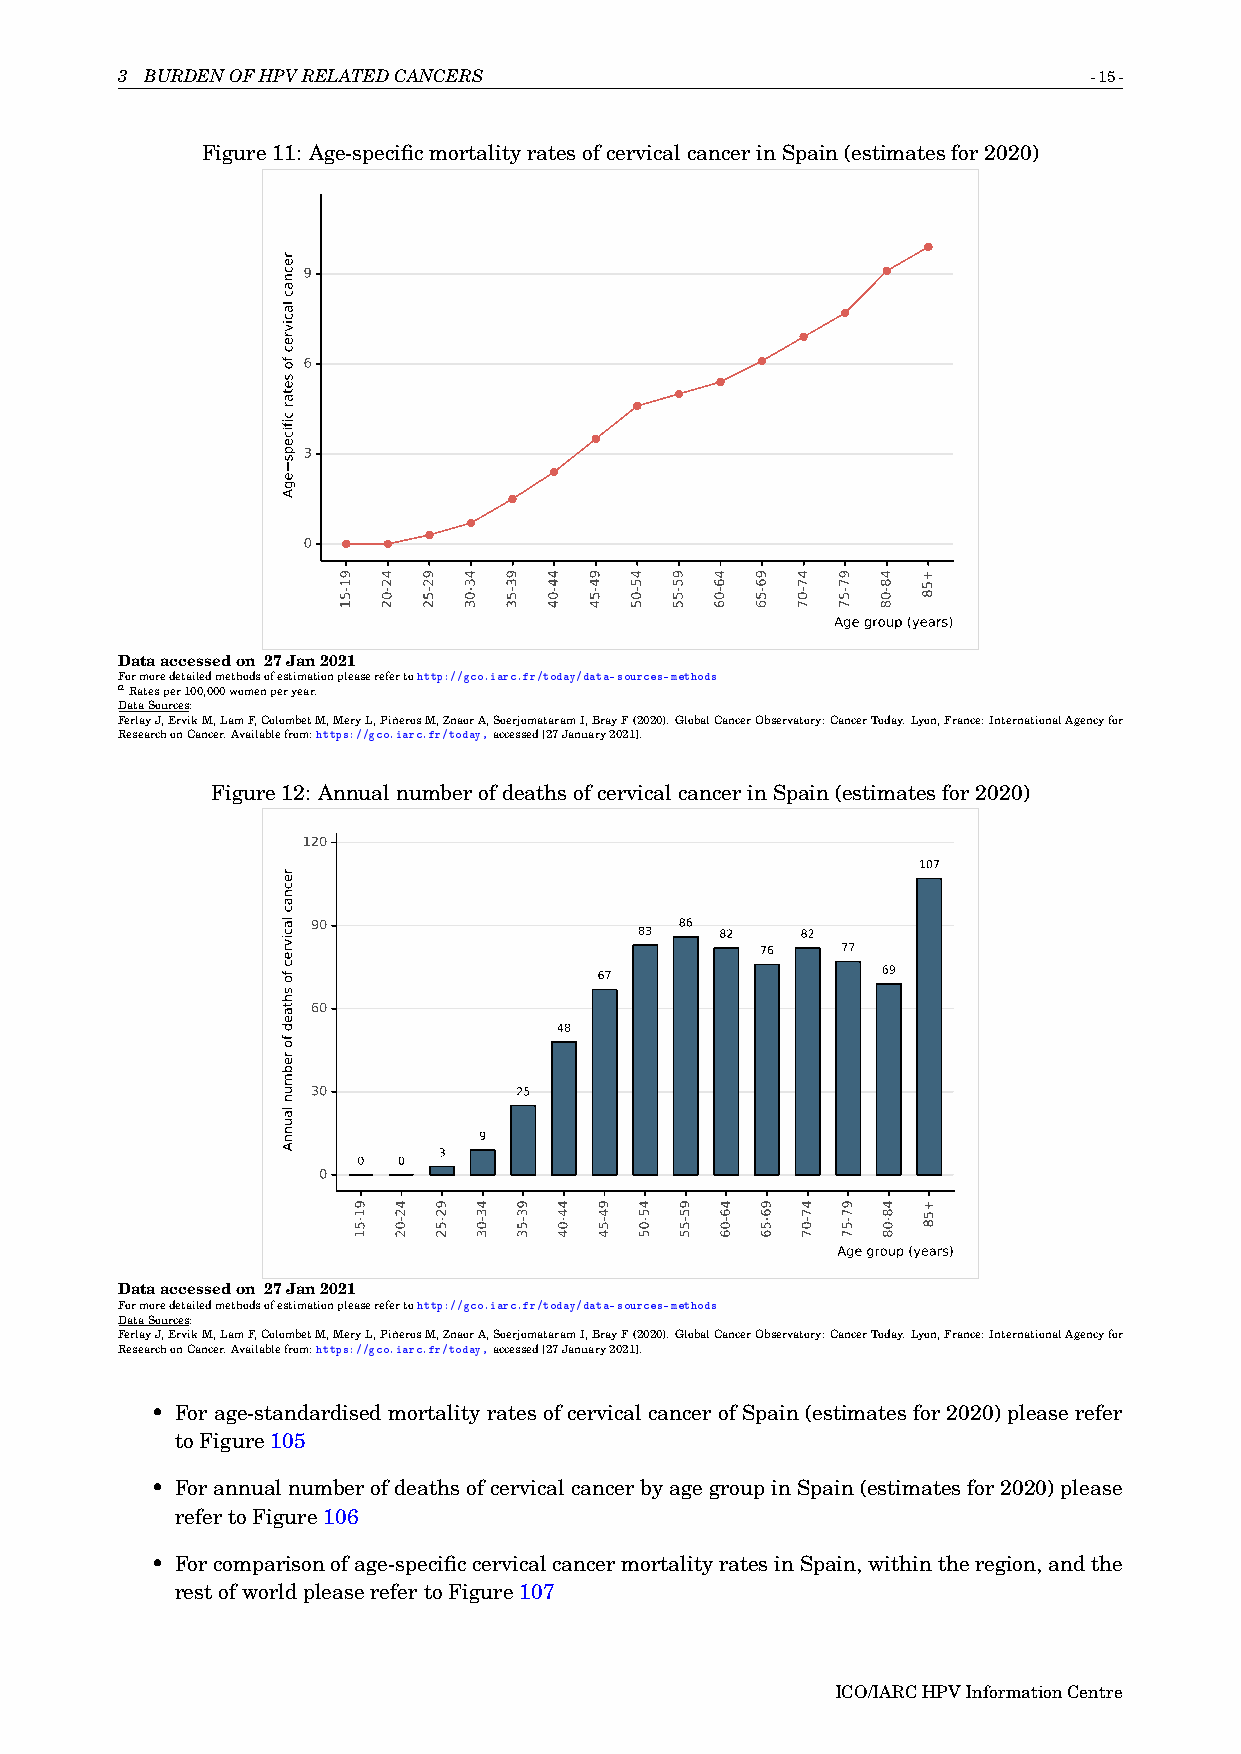
3 BURDENOFHPVRELATEDCANCERS                                     -15-
 Figure11: Age-specificmortalityratesofcervicalcancerinSpain(estimatesfor2020)
 9
 6
 3
 0
 Age group (years)
 Dataaccessedon 27Jan2021
 Formoredetailedmethodsofestimationpleaserefertohttp://gco.iarc.fr/today/data-sources-methods
 aRatesper100,000womenperyear.
 DataSources:
 FerlayJ,ErvikM,LamF,ColombetM,MeryL,PiñerosM,ZnaorA,SoerjomataramI,BrayF(2020).GlobalCancerObservatory:CancerToday.Lyon,France:InternationalAgencyfor
 ResearchonCancer.Availablefrom:https://gco.iarc.fr/today,accessed[27January2021].
 Figure12: AnnualnumberofdeathsofcervicalcancerinSpain(estimatesfor2020)
 120
 107
 90                      86
 83    82   82
 76    77
 67                69
 60
 48
 30           25
 9
 3
 0 0
 0
 Age group (years)
 Dataaccessedon 27Jan2021
 Formoredetailedmethodsofestimationpleaserefertohttp://gco.iarc.fr/today/data-sources-methods
 DataSources:
 FerlayJ,ErvikM,LamF,ColombetM,MeryL,PiñerosM,ZnaorA,SoerjomataramI,BrayF(2020).GlobalCancerObservatory:CancerToday.Lyon,France:InternationalAgencyfor
 ResearchonCancer.Availablefrom:https://gco.iarc.fr/today,accessed[27January2021].
 • For age-standardised mortality rates of cervical cancer of Spain (estimates for 2020) please refer
 toFigure105
 • ForannualnumberofdeathsofcervicalcancerbyagegroupinSpain(estimatesfor2020)please
 refertoFigure106
 • Forcomparisonofage-specificcervicalcancermortalityratesinSpain,withintheregion,andthe
 restofworldpleaserefertoFigure107
 ICO/IARCHPVInformationCentre
 recnac
 lacivrec
 fo
 setar
 cificeps
 egA
 recnac
 lacivrec
 fo
 shtaed
 fo
 rebmun
 launnA
 91-51
 91-51
 42-02
 42-02
 92-52
 92-52
 43-03
 43-03
 93-53
 93-53
 44-04
 44-04
 94-54
 94-54
 45-05
 45-05
 95-55
 95-55
 46-06
 46-06
 96-56
 96-56
 47-07
 47-07
 97-57
 97-57
 48-08
 48-08
 +58
 +58